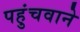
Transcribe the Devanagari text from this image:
पहुंचवाने